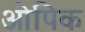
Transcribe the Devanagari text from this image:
ओपिक